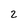
Character: 2